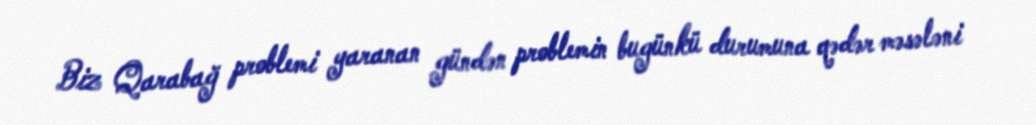
Biz Qarabağ problemi yaranan gündən problemin bugünkü durumuna qədər məsələni